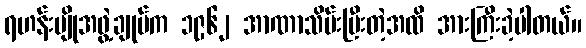
ရဟန်းပျိုအဖွဲ့ချုပ်က ၁၉၆၂ အာဏာသိမ်းပြီးတဲ့အထိ အားကြီးခဲ့ပါတယ်။